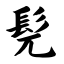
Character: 髡